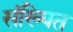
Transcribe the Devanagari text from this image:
संख्यित